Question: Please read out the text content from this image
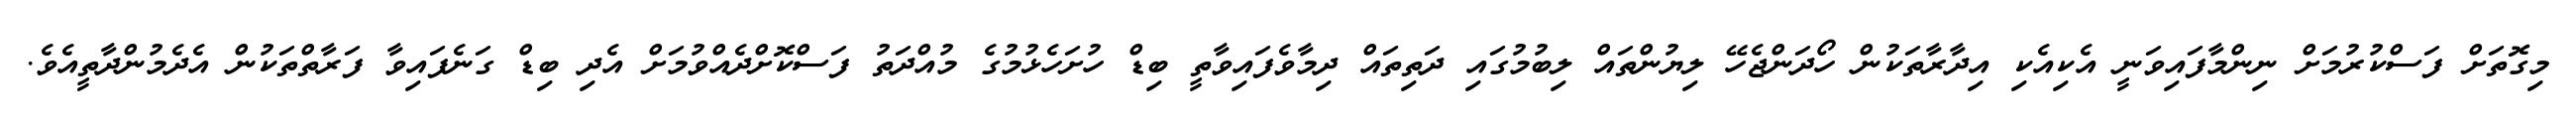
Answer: މިގޮތަށް ފަސްކުރުމަށް ނިންމާފައިވަނީ އެކިއެކި އިދާރާތަކުން ހޯދަންޖެހޭ ލިޔުންތައް ލިބުމުގައި ދަތިތައް ދިމާވެފައިވާތީ ބިޑް ހުށަހެޅުމުގެ މުއްދަތު ފަސްކޮށްދެއްވުމަށް އެދި ބިޑް ގަނެފައިވާ ފަރާތްތަކުން އެދެމުންދާތީއެވެ.